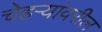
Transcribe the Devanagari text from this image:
चेहऱ्यांवरील